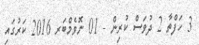
3 ހަފްތާ 2 ދުވަސް ކުރިން - 01 ނޮވެމްބަރ 2016 ކަރުގައި